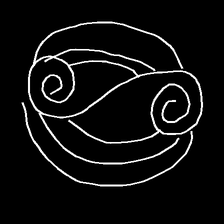
Glyph: wind-underfoot